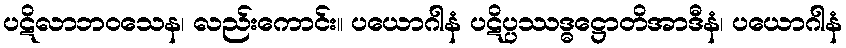
ပဋိလာဘဝသေန၊ လည်းကောင်း။ ပယောဂါနံ ပဋိပ္ပဿဒ္ဓဋ္ဌောတိအာဒီနံ၊ ပယောဂါနံ